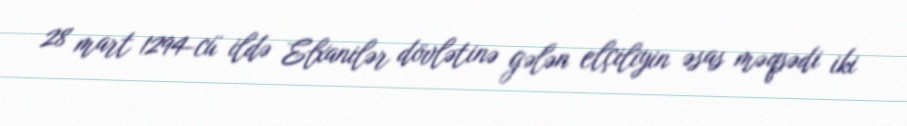
28 mart 1294-cü ildə Elxanilər dövlətinə gələn elçiliyin əsas məqsədi iki